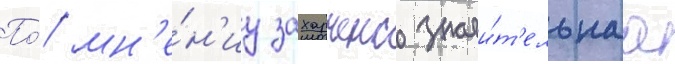
По́ мн'е́н'иу захарченко значи́т'ельнаа